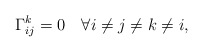
\begin{align*} \Gamma^k_{ij}=0 \quad\forall i\neq j\neq k\neq i, \end{align*}